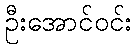
ဦးအောင်ဝင်း